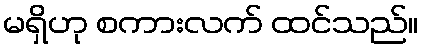
မရှိဟု စကားလက် ထင်သည်။